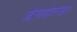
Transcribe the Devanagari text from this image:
प्लेसहोल्डर